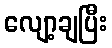
လျော့ချပြီး